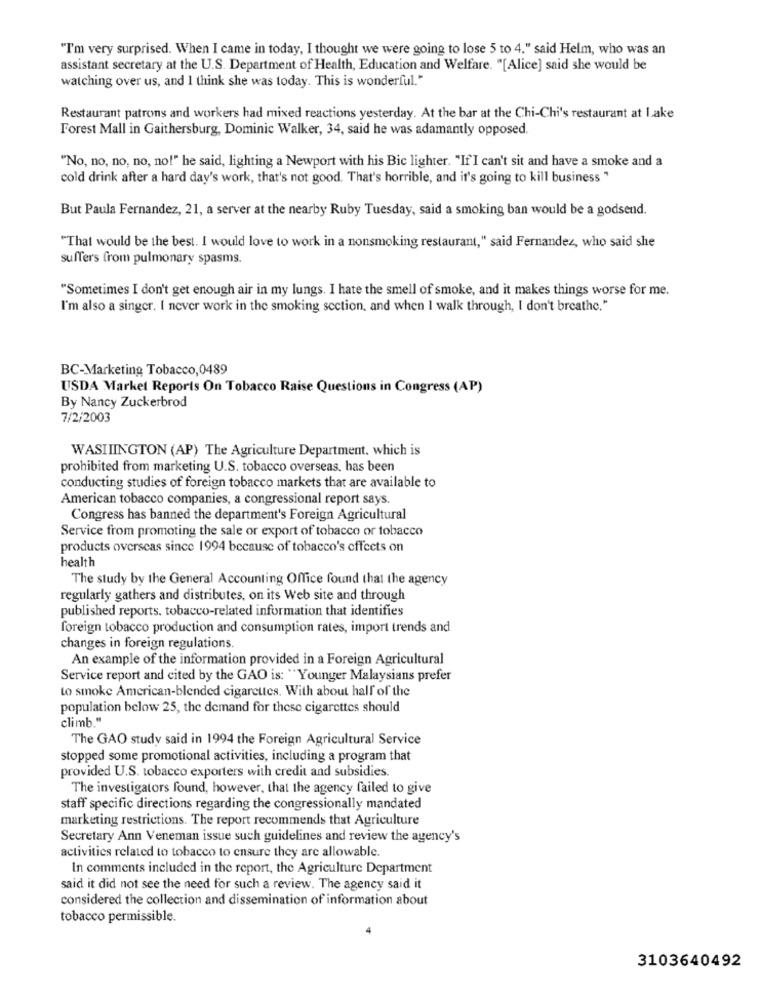
"I'm very surprised. When I came in today, I thought we were going to lose 5 to 4." said Helm, who was an
assistant secretary at the U.S. Department of Health, Education and Welfare. "[Alice] said she would be
watching over us, and I think she was today. This is wonderful."
Restaurant patrons and workers had mixed reactions yesterday. At the bar at the Chi-Chi's restaurant at Lake
Forest Mall in Gaithersburg, Dominic Walker, 34, said he was adamantly opposed.
"No, no, no, no, no!" he said, lighting a Newport with his Bic lighter. "If"I can't sit and have a smoke and a
cold drink after a hard day's work, that's not good. That's horrible, and it's going to kill business"
But Paula Fernandez, 21, a server at the nearby Ruby Tuesday, said a smoking ban would be a godsend.
"That would be the best. I would love to work in a nonsmoking restaurant," said Fernandez, who said she
suffers from pulmonary spasms.
"Sometimes I don't get enough air in my lungs. I hate the smell of smoke, and it makes things worse for me.
I'm also a singer. I never work in the smoking section, and when I walk through, I don't breathe."
BC-Marketing Tobacco,0489
USDA Market Reports On Tobacco Raise Questions in Congress (AP)
By Nancy Zuckerbrod
7/2/2003
WASIIINGTON (AP) The Agriculture Department, which is
prohibited from marketing U.S. tobacco overseas, has been
conducting studies of foreign tobacco markets that are available to
American tobacco companies, a congressional report says.
Congress has banned the department's Foreign Agricultural
Service from promoting the sale or export of tobacco or tobacco
products overseas since 1994 because of tobacco's effects on
health
The study by the General Accounting Office found that the agency
regularly gathers and distributes, on its Web site and through
published reports. tobacco-related information that identifies
foreign tobacco production and consumption rates, import trends and
changes in foreign regulations.
An example of the information provided in a Foreign Agricultural
Service report and cited by the GAO is: "Younger Malaysians prefer
to smoke American-blended cigarettes. With about half of the
population below 25, the demand for these cigarettes should
climb."
The GAO study said in 1994 the Foreign Agricultural Service
stopped some promotional activities, including a program that
provided U.S. tobacco exporters with credit and subsidies.
The investigators found, however, that the agency failed to give
staff specific directions regarding the congressionally mandated
marketing restrictions. The report recommends that Agriculture
Secretary Ann Veneman issue such guidelines and review the agency's
activities related to tobacco to ensure they are allowable.
In comments included in the report, the Agriculture Department
said it did not see the need for such a review. The agency said it
considered the collection and dissemination of information about
tobacco permissible.
3103640492